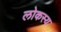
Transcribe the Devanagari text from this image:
लोकस्य